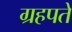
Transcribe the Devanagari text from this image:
ग्रहपते